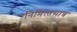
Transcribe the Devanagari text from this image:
निमित्‍तमात्र